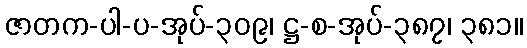
ဇာတက-ပါ-ပ-အုပ်-၃၀၉၊ ဋ္ဌ-စ-အုပ်-၃၈၇၊ ၃၈၁။